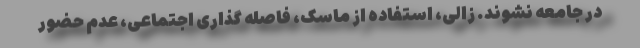
در جامعه نشوند. زالی، استفاده از ماسک، فاصله گذاری اجتماعی، عدم حضور